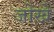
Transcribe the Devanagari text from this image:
जोखे